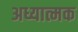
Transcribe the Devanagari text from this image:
अध्यात्मक